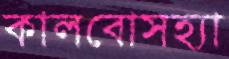
কালবোসহ্যা